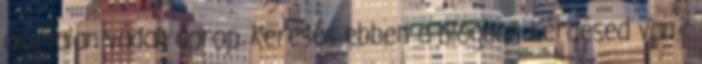
alaptalan vádak aprop. Keresés ebben a blogban Kérdésed van?